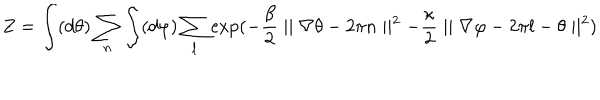
LaTeX: Z = \int ( d \theta ) \sum _ { n } \int ( d \varphi ) \sum _ { l } \exp ( - \frac { \beta } { 2 } \mid \mid \nabla \theta - 2 \pi n \mid \mid ^ { 2 } - \frac { \kappa } { 2 } \mid \mid \nabla \varphi - 2 \pi l - \theta \mid \mid ^ { 2 } )